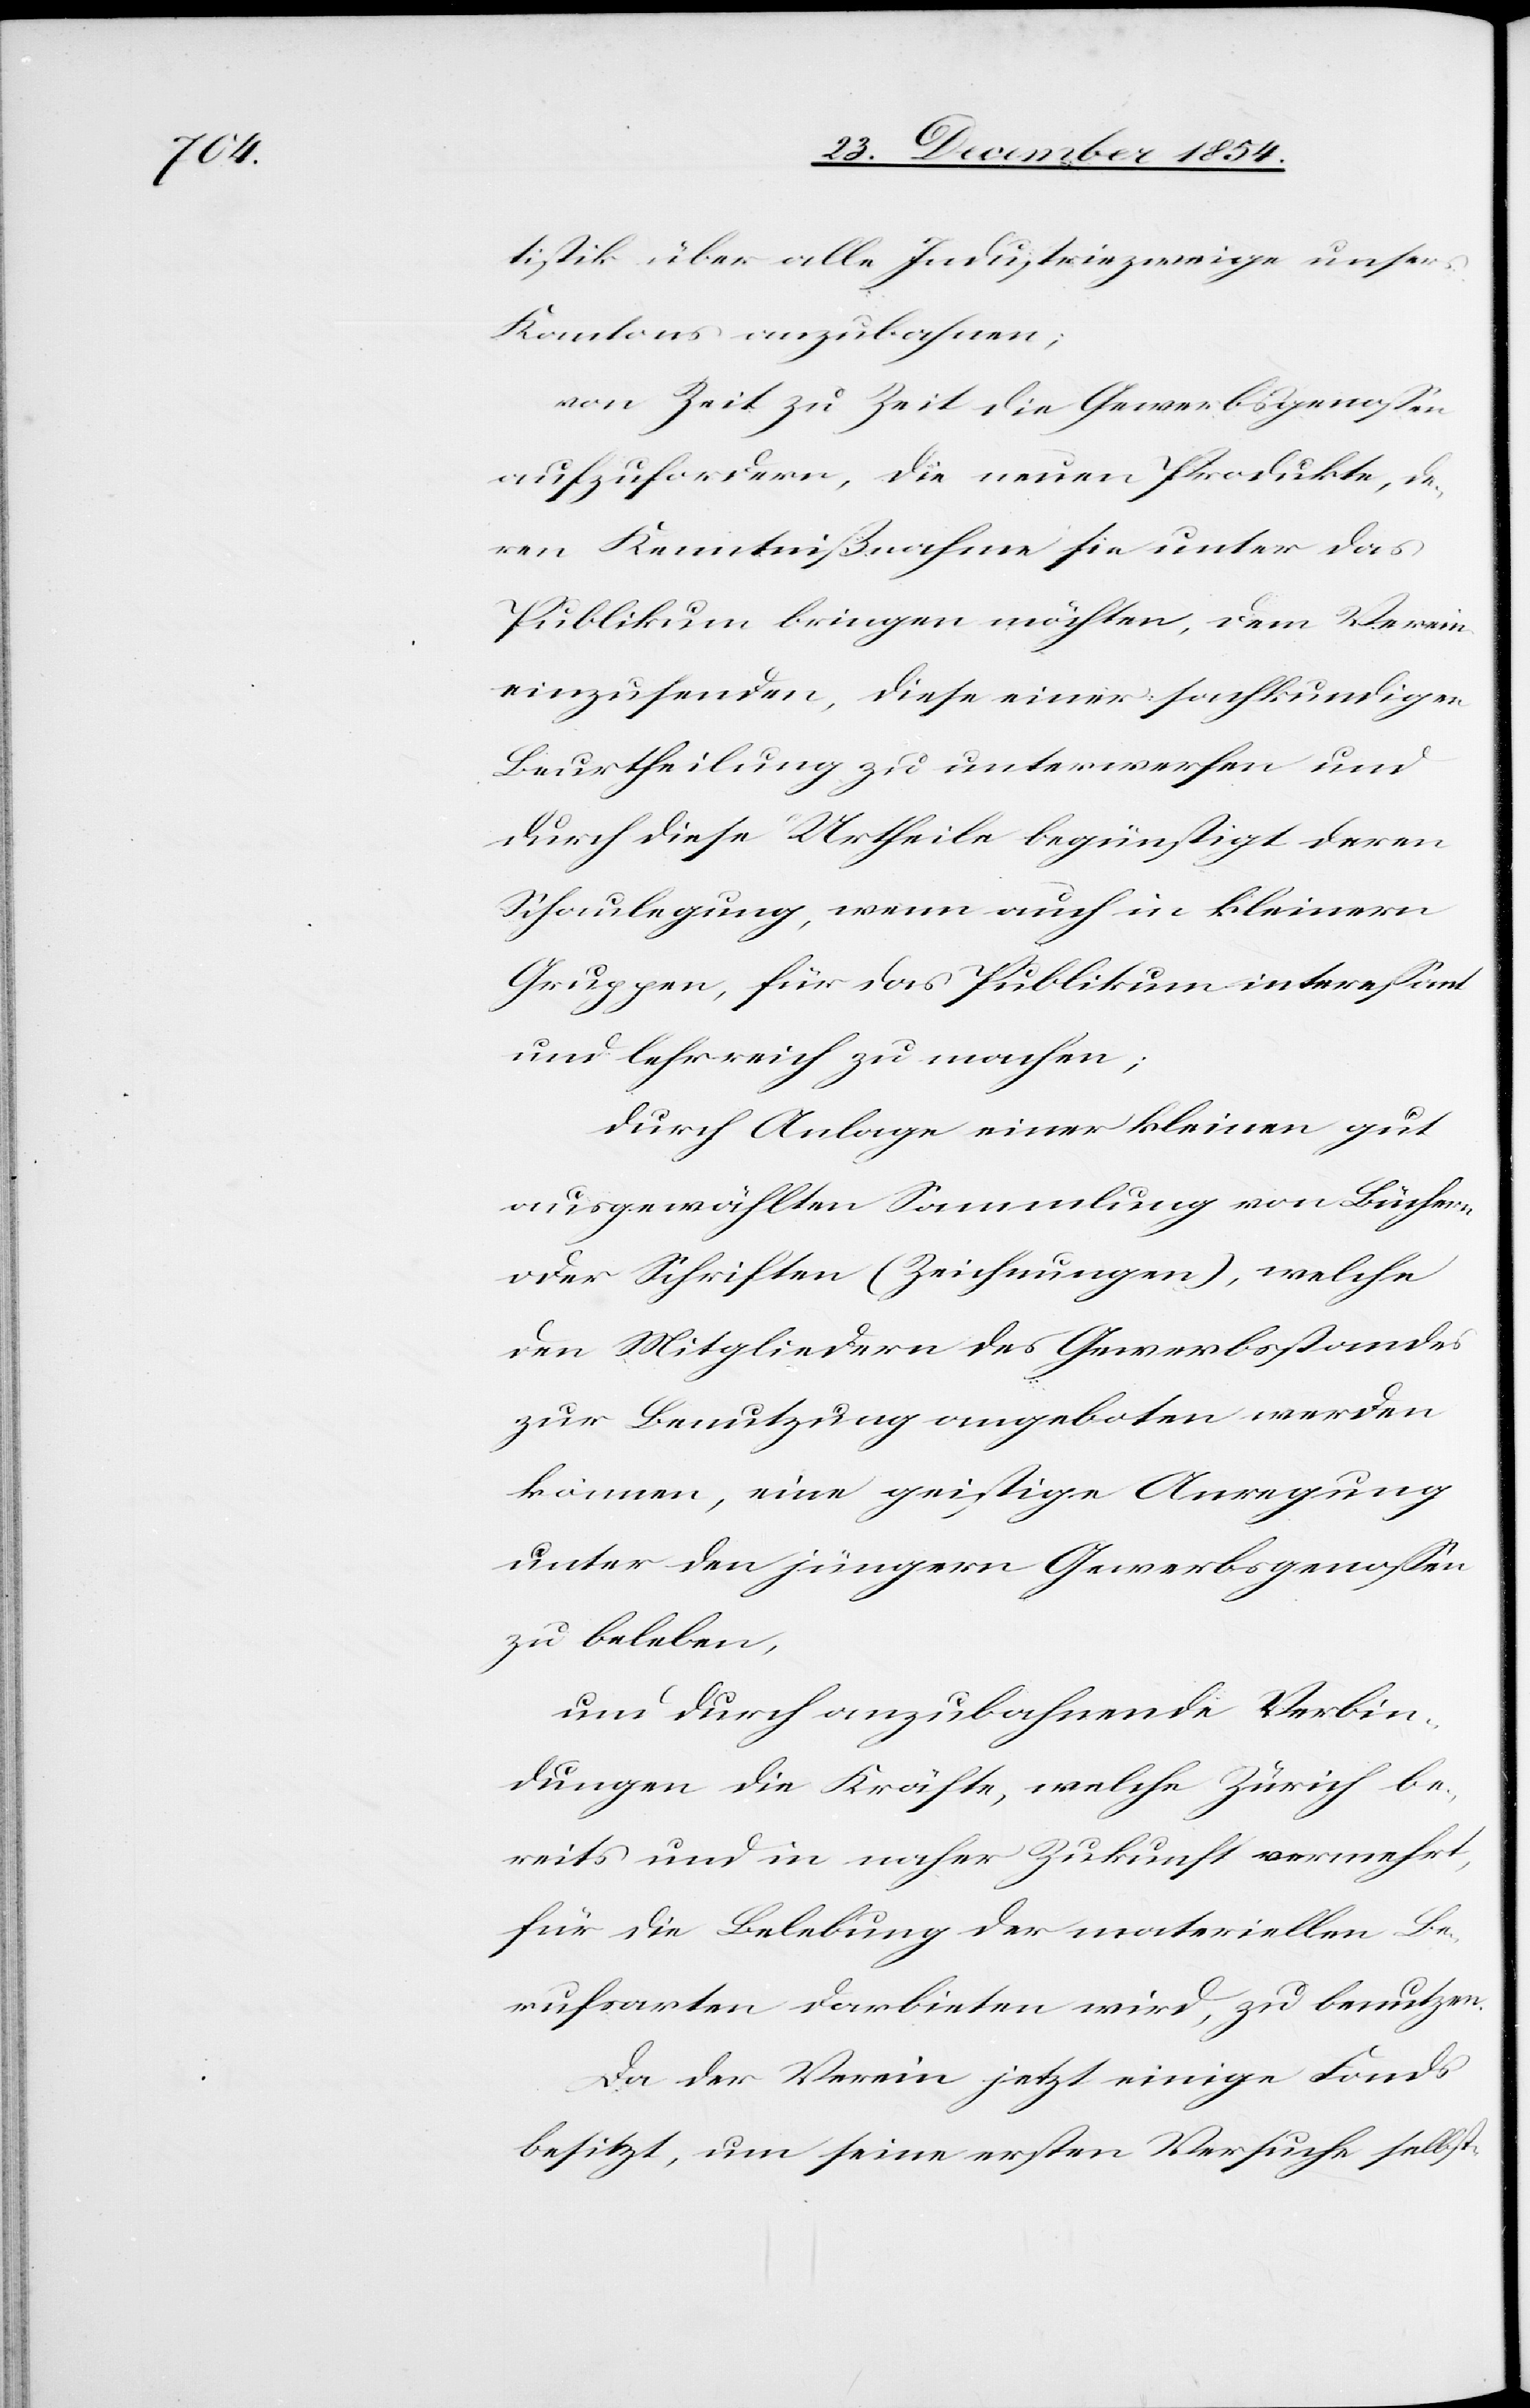
tistik über alle Industriezweige unsers
Kantons anzubahnen;
von Zeit zu Zeit die Gewerbsgenoßen
aufzufordern, die neuen Produkte, de¬
ren Kenntnißnahme sie unter das
Publikum bringen möchten, dem Verein
einzusenden, diese einer sachkundigen
Beurtheilung zu unterwerfen und
durch diese Urtheile begünstigt deren
Schaulegung, wenn auch in kleinern
Gruppen, für das Publikum intereßant
und lehrreich zu machen;
durch Anlage einer kleinen gut
ausgewählten Sammlung von Büchern
oder Schriften (Zeichnungen), welche
den Mitgliedern des Gewerbsstandes
zur Benutzung angeboten werden
können, eine geistige Anregung
unter den jüngern Gewerbsgenoßen
zu beleben,
um durch anzubahnende Verbin¬
dungen die Kräfte, welche Zürich be¬
reits und in naher Zukunft vermehrt,
für die Belebung der materiellen Be¬
rufsarten darbieten wird, zu benutzen.
Da der Verein jetzt einige Fonds
besitzt, um seine ersten Versuche selbst-